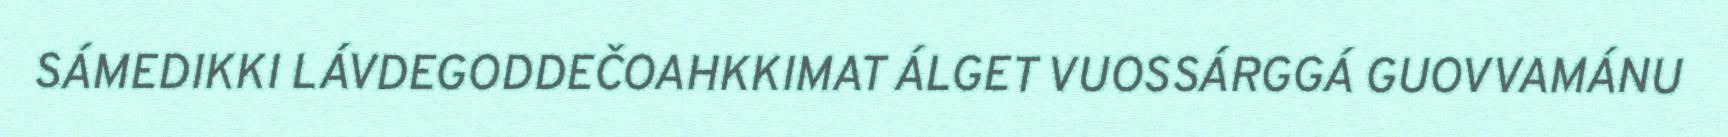
SÁMEDIKKI LÁVDEGODDEČOAHKKIMAT ÁLGET VUOSSÁRGGÁ GUOVVAMÁNU